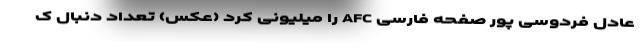
عادل فردوسی پور صفحه فارسی AFC را میلیونی کرد (عکس) تعداد دنبال ک